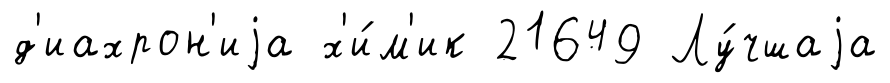
д'иахрон'иjа х'и́м'ик 21649 Лу́чшаjа